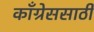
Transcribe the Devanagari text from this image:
काँग्रेससाठी